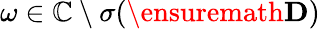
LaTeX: \omega\in\mathbb{C}\setminus\sigma(\ensuremath{\mathbf{D}})